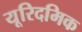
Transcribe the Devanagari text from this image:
यूरिदमिक